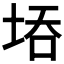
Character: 𭎝